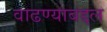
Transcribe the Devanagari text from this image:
वाढण्याबद्दल